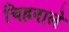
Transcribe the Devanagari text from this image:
चिह्रवाले